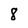
Character: 8